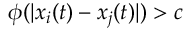
\phi ( | x _ { i } ( t ) - x _ { j } ( t ) | ) > c